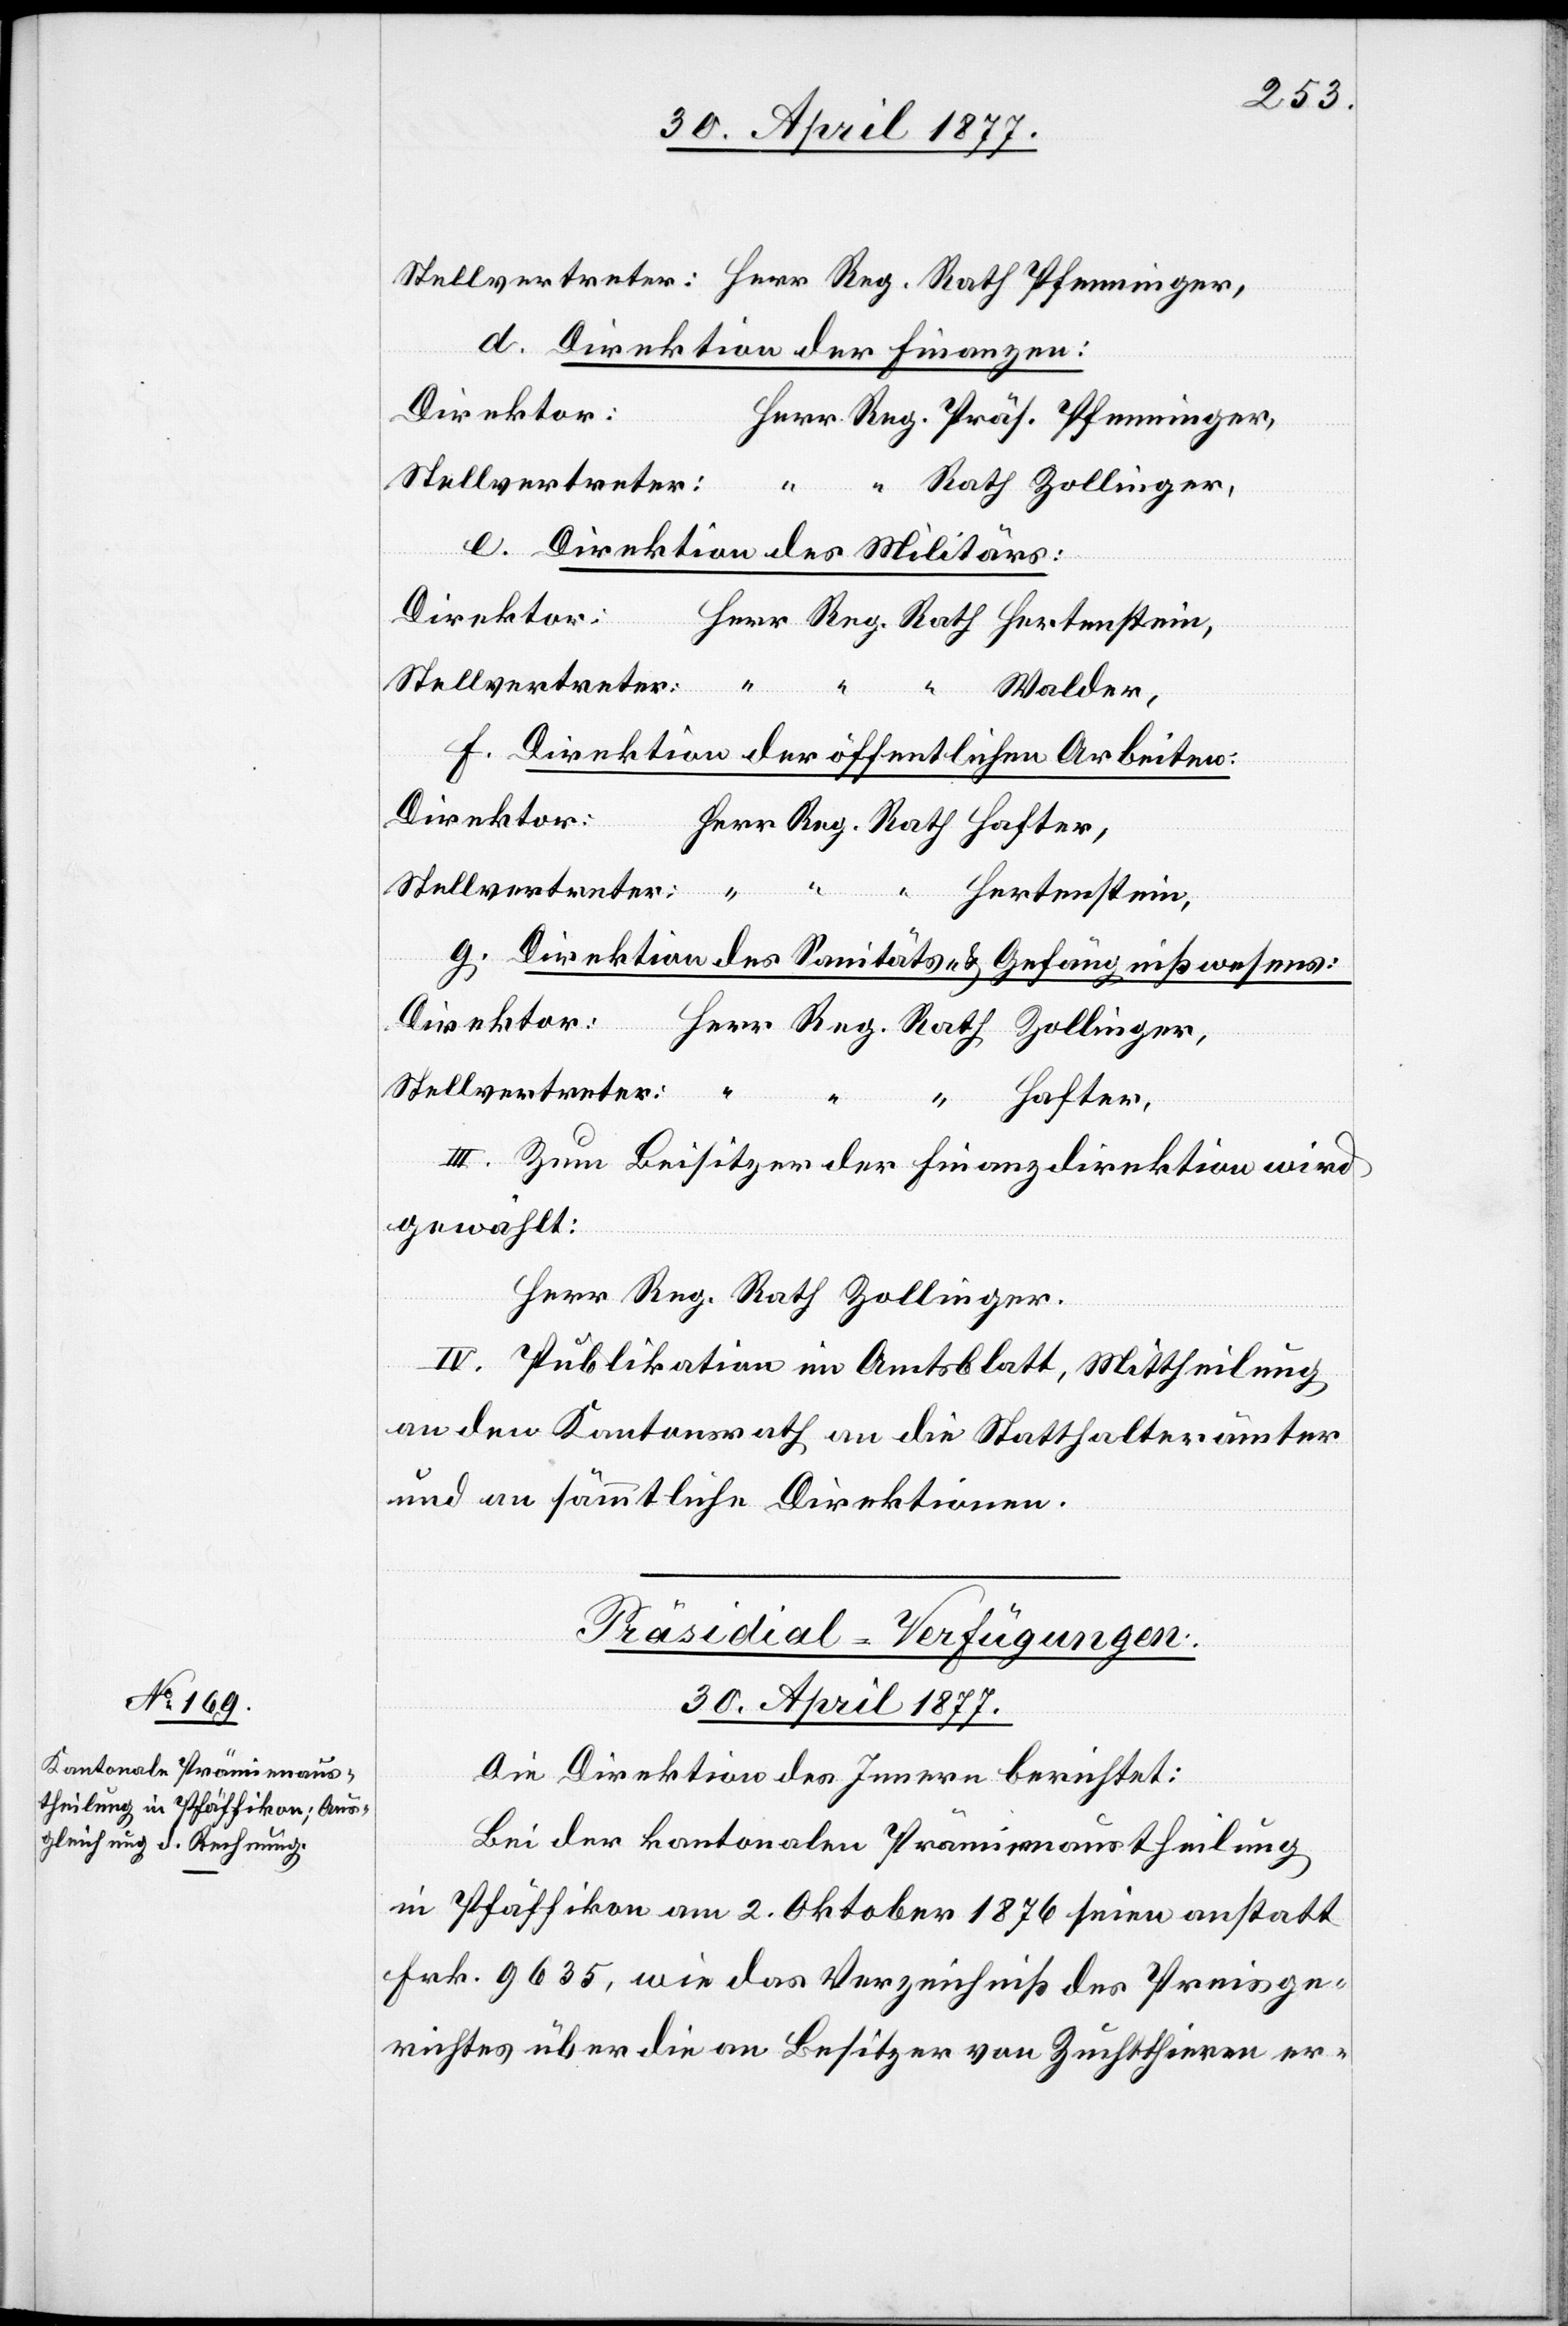
d. Direktion der Finanzen:
Direktor:
Stellvertreter:
e. Direktion des Militärs:
Direktor:
Zollinger,
f. Direktion der öffentlichen Arbeiten
Direktor:
Stellvertreter
Hertenstein,
g. Direktion des Sanitäts- & Gefängnißwesens
“
Hafter,
III. Zum Beisitzer der Finanzdirektion wird
gewählt:
Rath
Herr Reg. Rath Zollinger.
IV. Publikation im Amtsblatt, Mittheilung
an den Kantonsrath, an die Statthalterämter
und an sämmtliche Direktionen.
Präsidial-Verfügungen.
30. April 1877.
Die Direktion des Innern berichtet:
Bei der kantonalen Prämienaustheilung
in Pfäffikon am 2. Oktober 1876 seien anstatt
Frk. 9635, wie das Verzeichniß des Preisge¬
richtes über die an Besitzer von Zuchtthieren er-